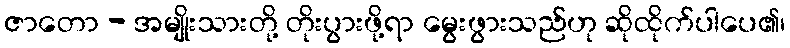
ဇာတော - အမျိုးသားတို့ တိုးပွားဖို့ရာ မွေးဖွားသည်ဟု ဆိုထိုက်ပါပေ၏၊